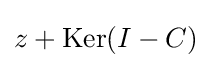
{\textstyle z+\operatorname {Ker} (I-C)}